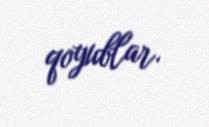
qoyublar.